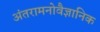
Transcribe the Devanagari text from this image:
अंतरामनोवैज्ञानिक